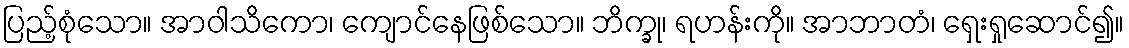
ပြည့်စုံသော။ အာဝါသိကော၊ ကျောင်နေဖြစ်သော။ ဘိက္ခု၊ ရဟန်းကို။ အာဘာတံ၊ ရှေးရှုဆောင်၍။